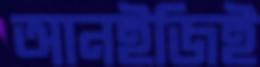
আনইজিই